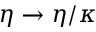
\eta \rightarrow \eta / \kappa